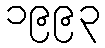
၁၉၉၃